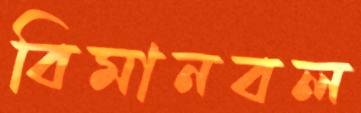
বিমানবল